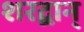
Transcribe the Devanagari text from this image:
शरद्वान्‌